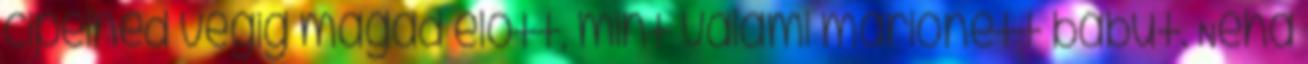
cipelnéd végig magad előtt, mint valami marionett bábut. Néha